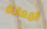
المعاناة